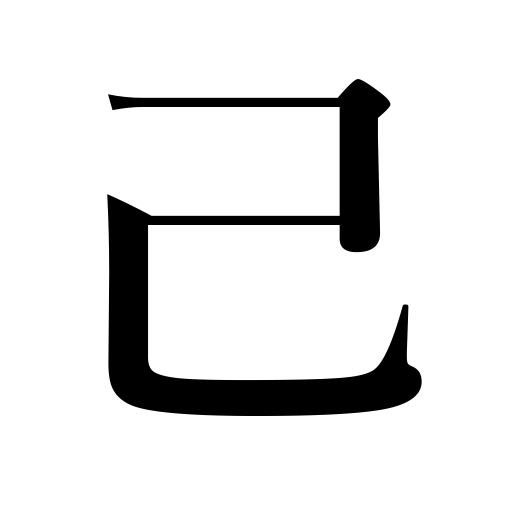
Meanings: oneself,myself,yourself,sixth